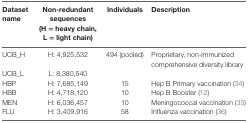
<table><thead><tr><td><b>Dataset name</b></td><td><b>Non-redundant sequences (H = heavy chain, L = light chain)</b></td><td><b>Individuals</b></td><td><b>Description</b></td></tr></thead><tbody><tr><td>UCB_H</td><td>H: 4,925,532</td><td>494 (pooled)</td><td>Proprietary, non-immunized comprehensive diversity library</td></tr><tr><td>UCB_L</td><td>L: 8,380,540</td><td></td><td></td></tr><tr><td>HBP</td><td>H: 7,685,149</td><td>15</td><td>Hep B Primary vaccination (34)</td></tr><tr><td>HBB</td><td>H: 4,718,120</td><td>10</td><td>Hep B Booster (12)</td></tr><tr><td>MEN</td><td>H: 6,036,457</td><td>10</td><td>Meningococcal vaccination (35)</td></tr><tr><td>FLU</td><td>H: 3,409,916</td><td>58</td><td>Influenza vaccination (36)</td></tr></tbody></table>